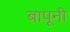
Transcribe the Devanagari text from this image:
बापूनी